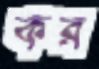
কর